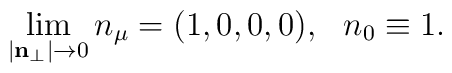
\lim_{|{\bf n}_{\perp}| \to 0} n_{\mu} = (1,0,0,0), \ \ n_0\equiv     1.